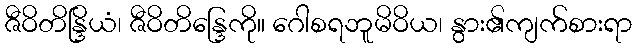
ဇီဝိတိန္ဒြိယံ၊ ဇီဝိတိန္ဒြေကို။ ဂေါစရဘူမိဝိယ၊ နွား၏ကျက်စားရာ